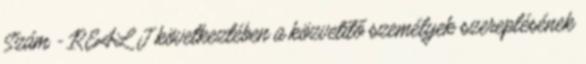
Szám - REAL J következtében a közvetítő személyek szereplésének